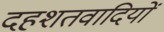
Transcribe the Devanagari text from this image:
दहशतवादियों